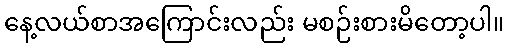
နေ့လယ်စာအကြောင်းလည်း မစဉ်းစားမိတော့ပါ။